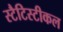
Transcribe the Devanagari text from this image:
स्टैटिस्टीकल